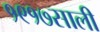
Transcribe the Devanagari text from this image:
१९१७साली